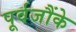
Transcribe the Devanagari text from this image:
पूर्वजौंके